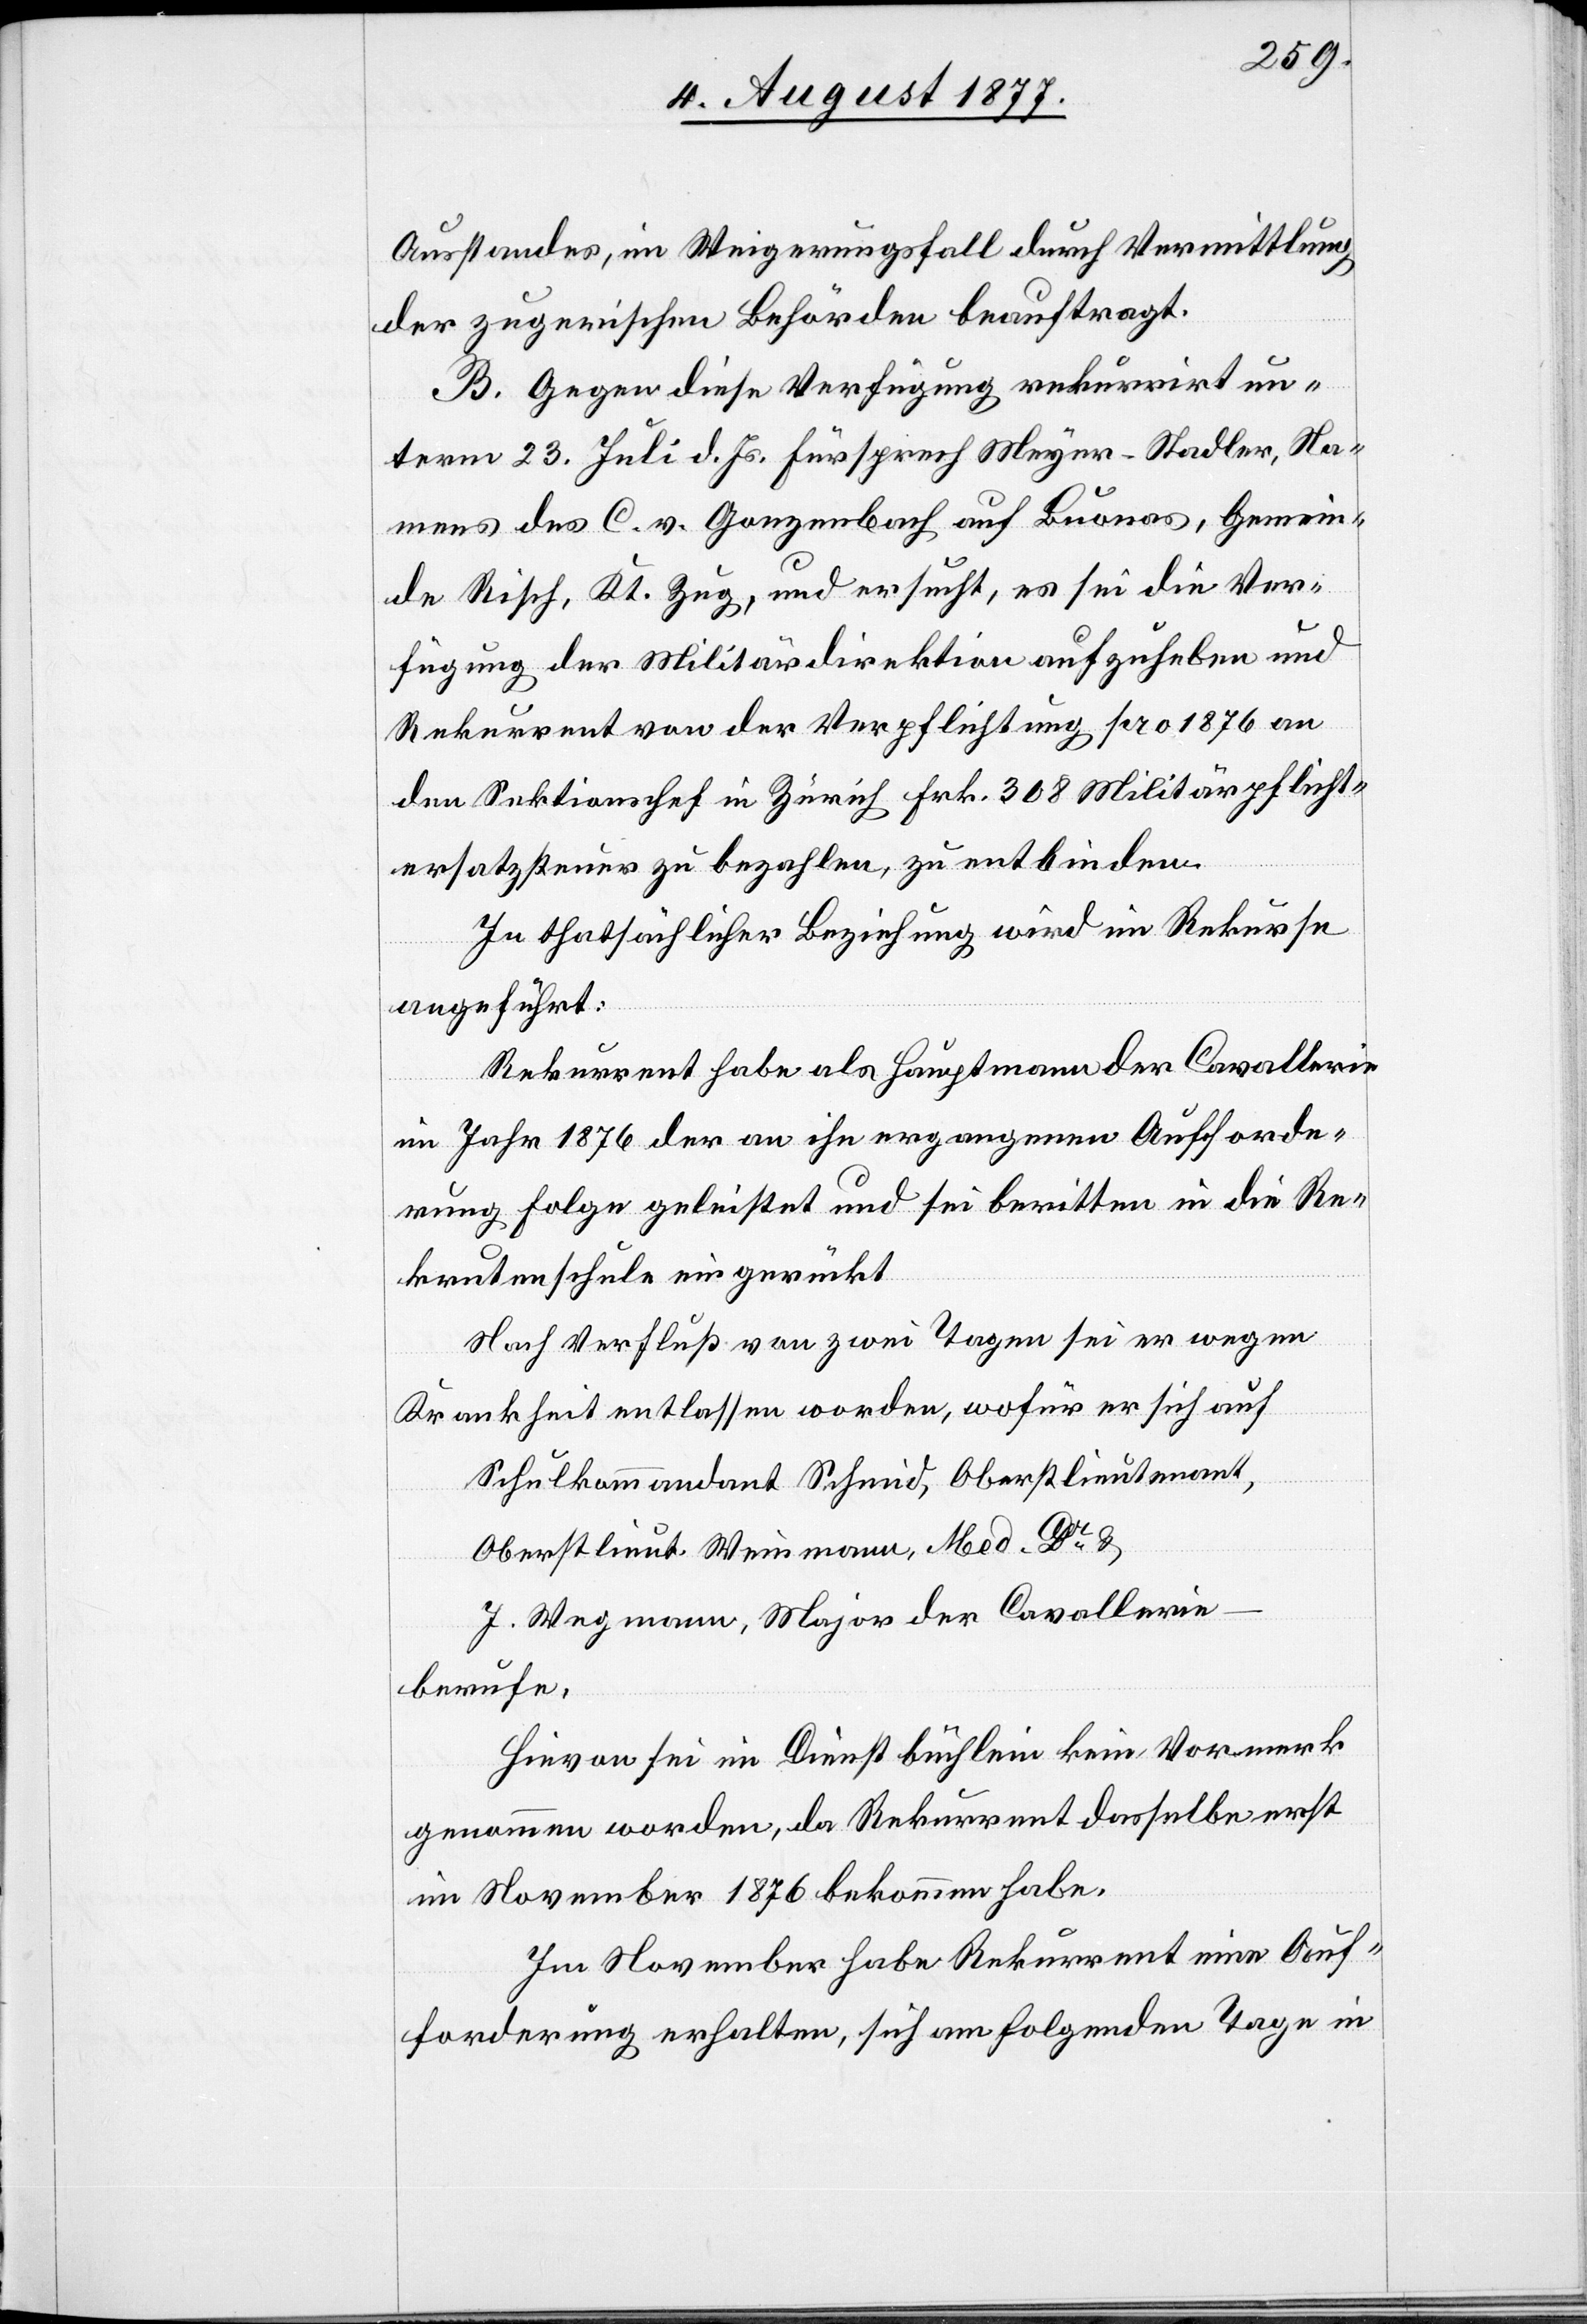
Ausstandes, im Weigerungsfall durch Vermittlung
der zugerischen Behörden beauftragt.
B. Gegen diese Verfügung rekurrirt un¬
term 23. Juli d. Js. Fürsprech Meyer-Stadler, Na¬
mens des C. v. Gonzenbach auf Buonas, Gemein¬
de Risch, Kt. Zug, und ersucht, es sei die Ver¬
fügung der Militärdirektion aufzuheben und
Rekurrent von der Verpflichtung pro 1876 an
den Sektionschef in Zürich Frk. 308 Militärpflicht¬
ersatzsteuer zu bezahlen, zu entbinden.
In thatsächlicher Beziehung wird im Rekurse
angeführt:
Rekurrent habe als Hauptmann der Cavallerie
im Jahre 1876 der an ihn ergangenen Aufforde¬
rung Folge geleistet und sei beritten in die Re¬
krutenschule eingerückt
Nach Verfluß von zwei Tagen sei er wegen
Krankheit entlassen worden, wofür er sich auf
Schulkommandant Schmid, Oberstlieutenant,
Oberstlieut. Weinmann, Med. Dr &
J. Wegmann, Major der Cavallerie
berufe.
Hievon sei im Dienstbüchlein kein Vormerk
genommen worden, da Rekurrent dasselbe erst
im November 1876 bekommen habe.
Im November habe Rekurrent eine Auf¬
forderung erhalten, sich am folgenden Tage in